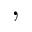
,